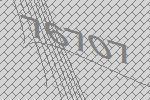
76707